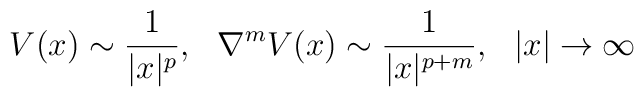
V(x)\sim \frac{1}{|x|^{p}},\,\,\,\,    \nabla ^{m}V(x)\sim \frac{1}{|x|^{p+m}},    \,\,\,\,|x|\rightarrow \infty